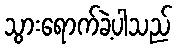
သွားရောက်ခဲ့ပါသည်